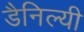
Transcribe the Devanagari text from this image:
डैनिल्यी